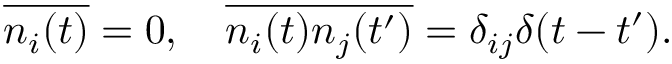
\begin{array} { r } { \overline { { n _ { i } ( t ) } } = 0 , \ \ \ \overline { { n _ { i } ( t ) n _ { j } ( t ^ { \prime } ) } } = \delta _ { i j } \delta ( t - t ^ { \prime } ) . } \end{array}